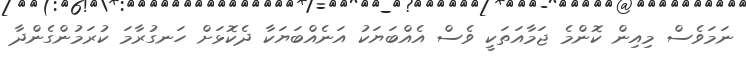
ނަމަވެސް މިއިން ކޮންމެ ޖަމާއަތަކީ ވެސް އެއްބަޔަކު އަނެއްބަޔަކާ ދެކޮޅަށް ހަނގުރާމަ ކުރަމުންގެންދާ